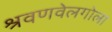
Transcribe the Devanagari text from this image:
श्रवणवेलगोला